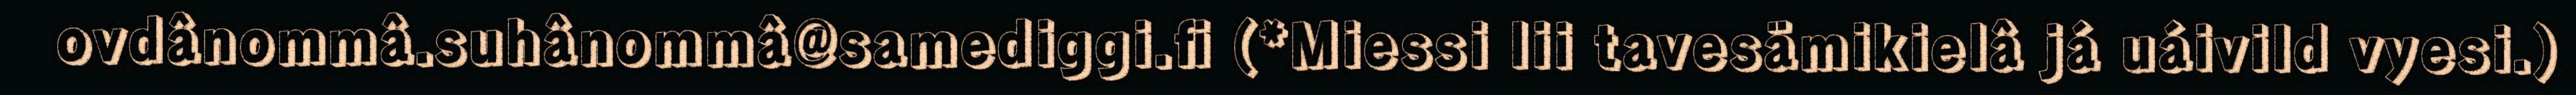
ovdânommâ.suhânommâ@samediggi.fi (*Miessi lii tavesämikielâ já uáivild vyesi.)